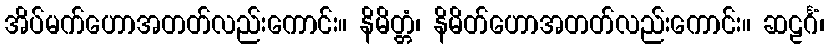
အိပ်မက်ဟောအတတ်လည်းကောင်း။ နိမိတ္တံ၊ နိမိတ်ဟောအတတ်လည်းကောင်း။ ဆဠင်္ဂံ၊